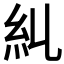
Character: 𥾆